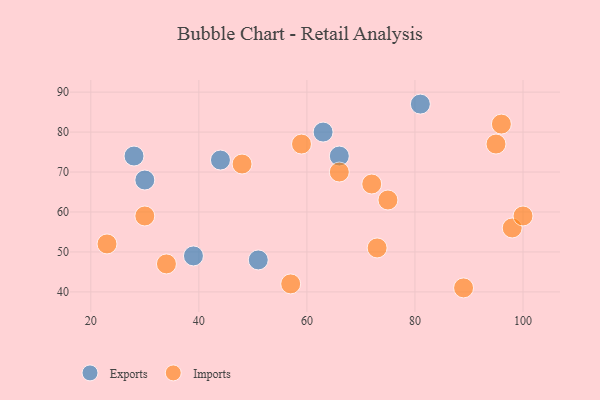
{"axis": {"x": "GDP", "y": "Life Expectancy"}, "legend": ["Exports", "Imports"], "data": [{"x": "28", "y": 74, "type": "Exports"}, {"x": "44", "y": 73, "type": "Exports"}, {"x": "51", "y": 48, "type": "Exports"}, {"x": "63", "y": 80, "type": "Exports"}, {"x": "81", "y": 87, "type": "Exports"}, {"x": "30", "y": 68, "type": "Exports"}, {"x": "66", "y": 74, "type": "Exports"}, {"x": "39", "y": 49, "type": "Exports"}, {"x": "95", "y": 77, "type": "Imports"}, {"x": "98", "y": 56, "type": "Imports"}, {"x": "89", "y": 41, "type": "Imports"}, {"x": "100", "y": 59, "type": "Imports"}, {"x": "75", "y": 63, "type": "Imports"}, {"x": "23", "y": 52, "type": "Imports"}, {"x": "66", "y": 70, "type": "Imports"}, {"x": "73", "y": 51, "type": "Imports"}, {"x": "48", "y": 72, "type": "Imports"}, {"x": "72", "y": 67, "type": "Imports"}, {"x": "30", "y": 59, "type": "Imports"}, {"x": "59", "y": 77, "type": "Imports"}, {"x": "34", "y": 47, "type": "Imports"}, {"x": "96", "y": 82, "type": "Imports"}, {"x": "57", "y": 42, "type": "Imports"}]}